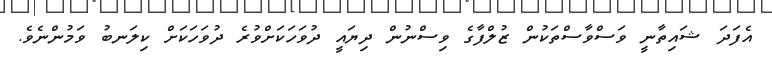
އެފަދަ ޝައިތާނީ ވަސްވާސްތަކުން ޒުލްފާގެ ވިސްނުން ދިޔައީ ދުވަހަކަށްވުރެ ދުވަހަކަށް ކިލަނބު ވަމުންނެވެ.